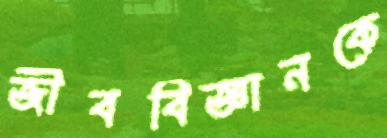
জীববিজ্ঞানকে